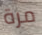
مرة